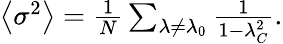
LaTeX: \begin{array}{r}{\left\langle\sigma^{2}\right\rangle=\frac{1}{N}\sum_{\lambda\neq\lambda_{0}}\frac{1}{1-\lambda_{C}^{2}}.}\end{array}